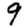
Digit: 9